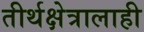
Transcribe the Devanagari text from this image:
तीर्थक्षेत्रालाही